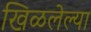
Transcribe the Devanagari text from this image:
खिळलेल्या